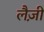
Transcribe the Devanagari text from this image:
लैज़ी